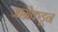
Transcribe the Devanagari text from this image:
आंग्रेकडून